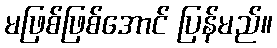
မဖြစ်ဖြစ်အောင် ပြန်မည်။